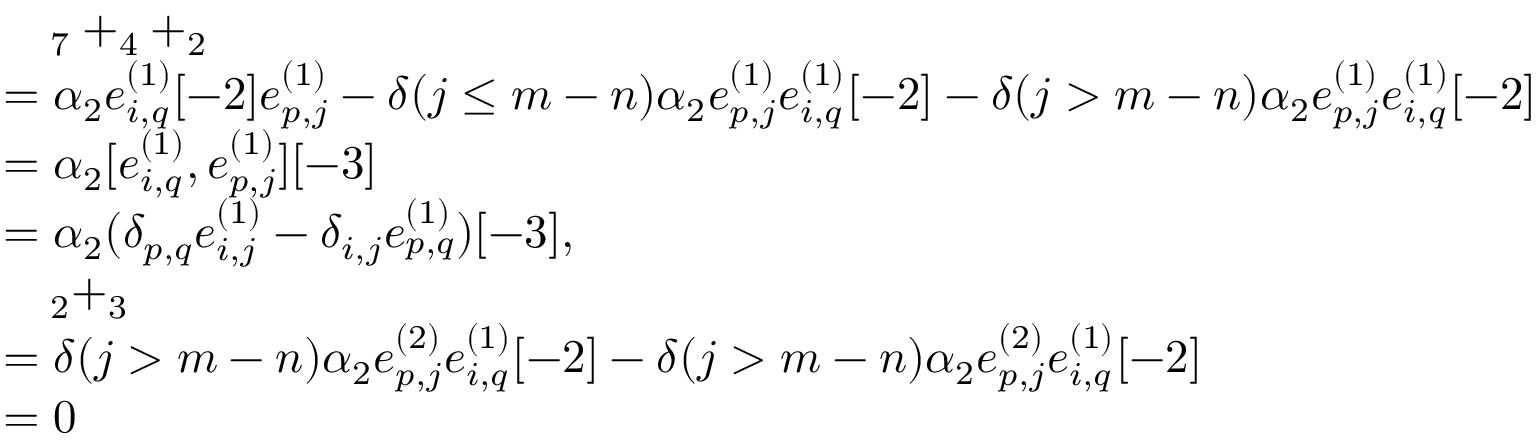
\begin{array} { r l } & { \quad _ { 7 } + _ { 4 } + _ { 2 } } \\ & { = \alpha _ { 2 } e _ { i , q } ^ { ( 1 ) } [ - 2 ] e _ { p , j } ^ { ( 1 ) } - \delta ( j \leq m - n ) \alpha _ { 2 } e _ { p , j } ^ { ( 1 ) } e _ { i , q } ^ { ( 1 ) } [ - 2 ] - \delta ( j > m - n ) \alpha _ { 2 } e _ { p , j } ^ { ( 1 ) } e _ { i , q } ^ { ( 1 ) } [ - 2 ] } \\ & { = \alpha _ { 2 } [ e _ { i , q } ^ { ( 1 ) } , e _ { p , j } ^ { ( 1 ) } ] [ - 3 ] } \\ & { = \alpha _ { 2 } ( \delta _ { p , q } e _ { i , j } ^ { ( 1 ) } - \delta _ { i , j } e _ { p , q } ^ { ( 1 ) } ) [ - 3 ] , } \\ & { \quad _ { 2 } + _ { 3 } } \\ & { = \delta ( j > m - n ) \alpha _ { 2 } e _ { p , j } ^ { ( 2 ) } e _ { i , q } ^ { ( 1 ) } [ - 2 ] - \delta ( j > m - n ) \alpha _ { 2 } e _ { p , j } ^ { ( 2 ) } e _ { i , q } ^ { ( 1 ) } [ - 2 ] } \\ & { = 0 } \end{array}